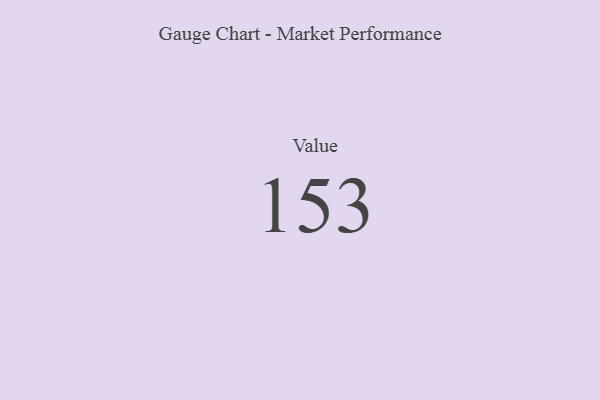
{"axis": {"x": "Metric", "y": "Value"}, "legend": [""], "data": [{"x": "Value", "y": 153, "type": ""}]}